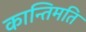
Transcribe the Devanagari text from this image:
कान्तिमति